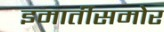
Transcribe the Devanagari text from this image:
इमार्तीसमोर